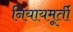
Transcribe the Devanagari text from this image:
नियायमूर्ती